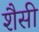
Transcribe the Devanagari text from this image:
शैसी